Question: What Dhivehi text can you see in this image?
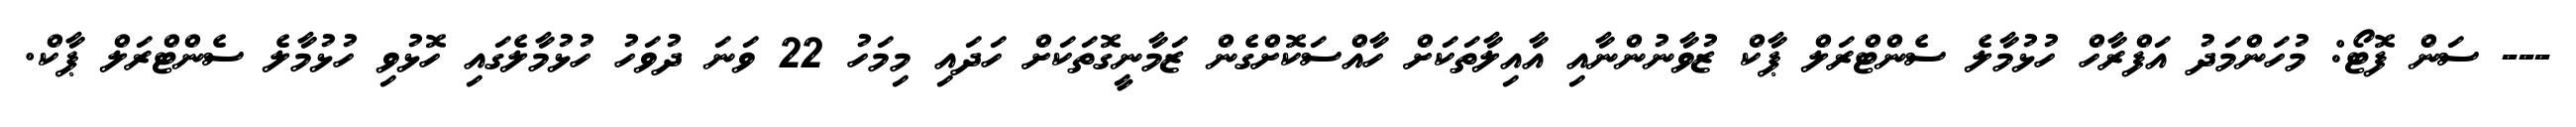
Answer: --- ސަން ފޮޓޯ: މުހަންމަދު އަފްރާހް ހުޅުމާލެ ސެންޓްރަލް ޕާކް ޒުވާނުންނާއި އާއިލާތަކަށް ހާއްސަކޮށްގެން ޒަމާނީގޮތަކަށް ހަދައި މިމަހު 22 ވަނަ ދުވަހު ހުޅުމާލެގައި ހޮޅުވި ހުޅުމާލެ ސެންޓްރަލް ޕާކް.